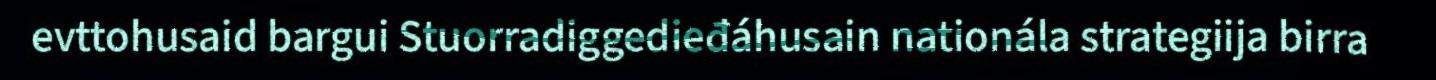
evttohusaid bargui Stuorradiggedieđáhusain nationála strategiija birra